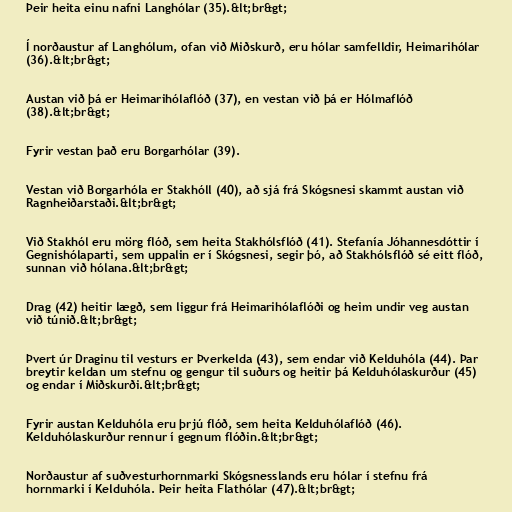
Þeir heita einu nafni Langhólar (35).&lt;br&gt;

Í norðaustur af Langhólum, ofan við Miðskurð, eru hólar samfelldir, Heimarihólar
(36).&lt;br&gt;

Austan við þá er Heimarihólaflóð (37), en vestan við þá er Hólmaflóð
(38).&lt;br&gt;

Fyrir vestan það eru Borgarhólar (39).

Vestan við Borgarhóla er Stakhóll (40), að sjá frá Skógsnesi skammt austan við
Ragnheiðarstaði.&lt;br&gt;

Við Stakhól eru mörg flóð, sem heita Stakhólsflóð (41). Stefanía Jóhannesdóttir í
Gegnishólaparti, sem uppalin er í Skógsnesi, segir þó, að Stakhólsflóð sé eitt flóð,
sunnan við hólana.&lt;br&gt;

Drag (42) heitir lægð, sem liggur frá Heimarihólaflóði og heim undir veg austan
við túnið.&lt;br&gt;

Þvert úr Draginu til vesturs er Þverkelda (43), sem endar við Kelduhóla (44). Þar
breytir keldan um stefnu og gengur til suðurs og heitir þá Kelduhólaskurður (45)
og endar í Miðskurði.&lt;br&gt;

Fyrir austan Kelduhóla eru þrjú flóð, sem heita Kelduhólaflóð (46).
Kelduhólaskurður rennur í gegnum flóðin.&lt;br&gt;

Norðaustur af suðvesturhornmarki Skógsnesslands eru hólar í stefnu frá
hornmarki í Kelduhóla. Þeir heita Flathólar (47).&lt;br&gt;